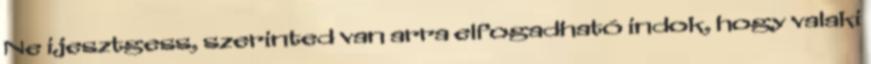
Ne ijesztgess, szerinted van arra elfogadható indok, hogy valaki